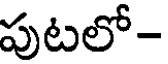
పుటలో-